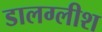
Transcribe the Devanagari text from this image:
डालग्लीश